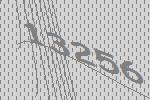
13256